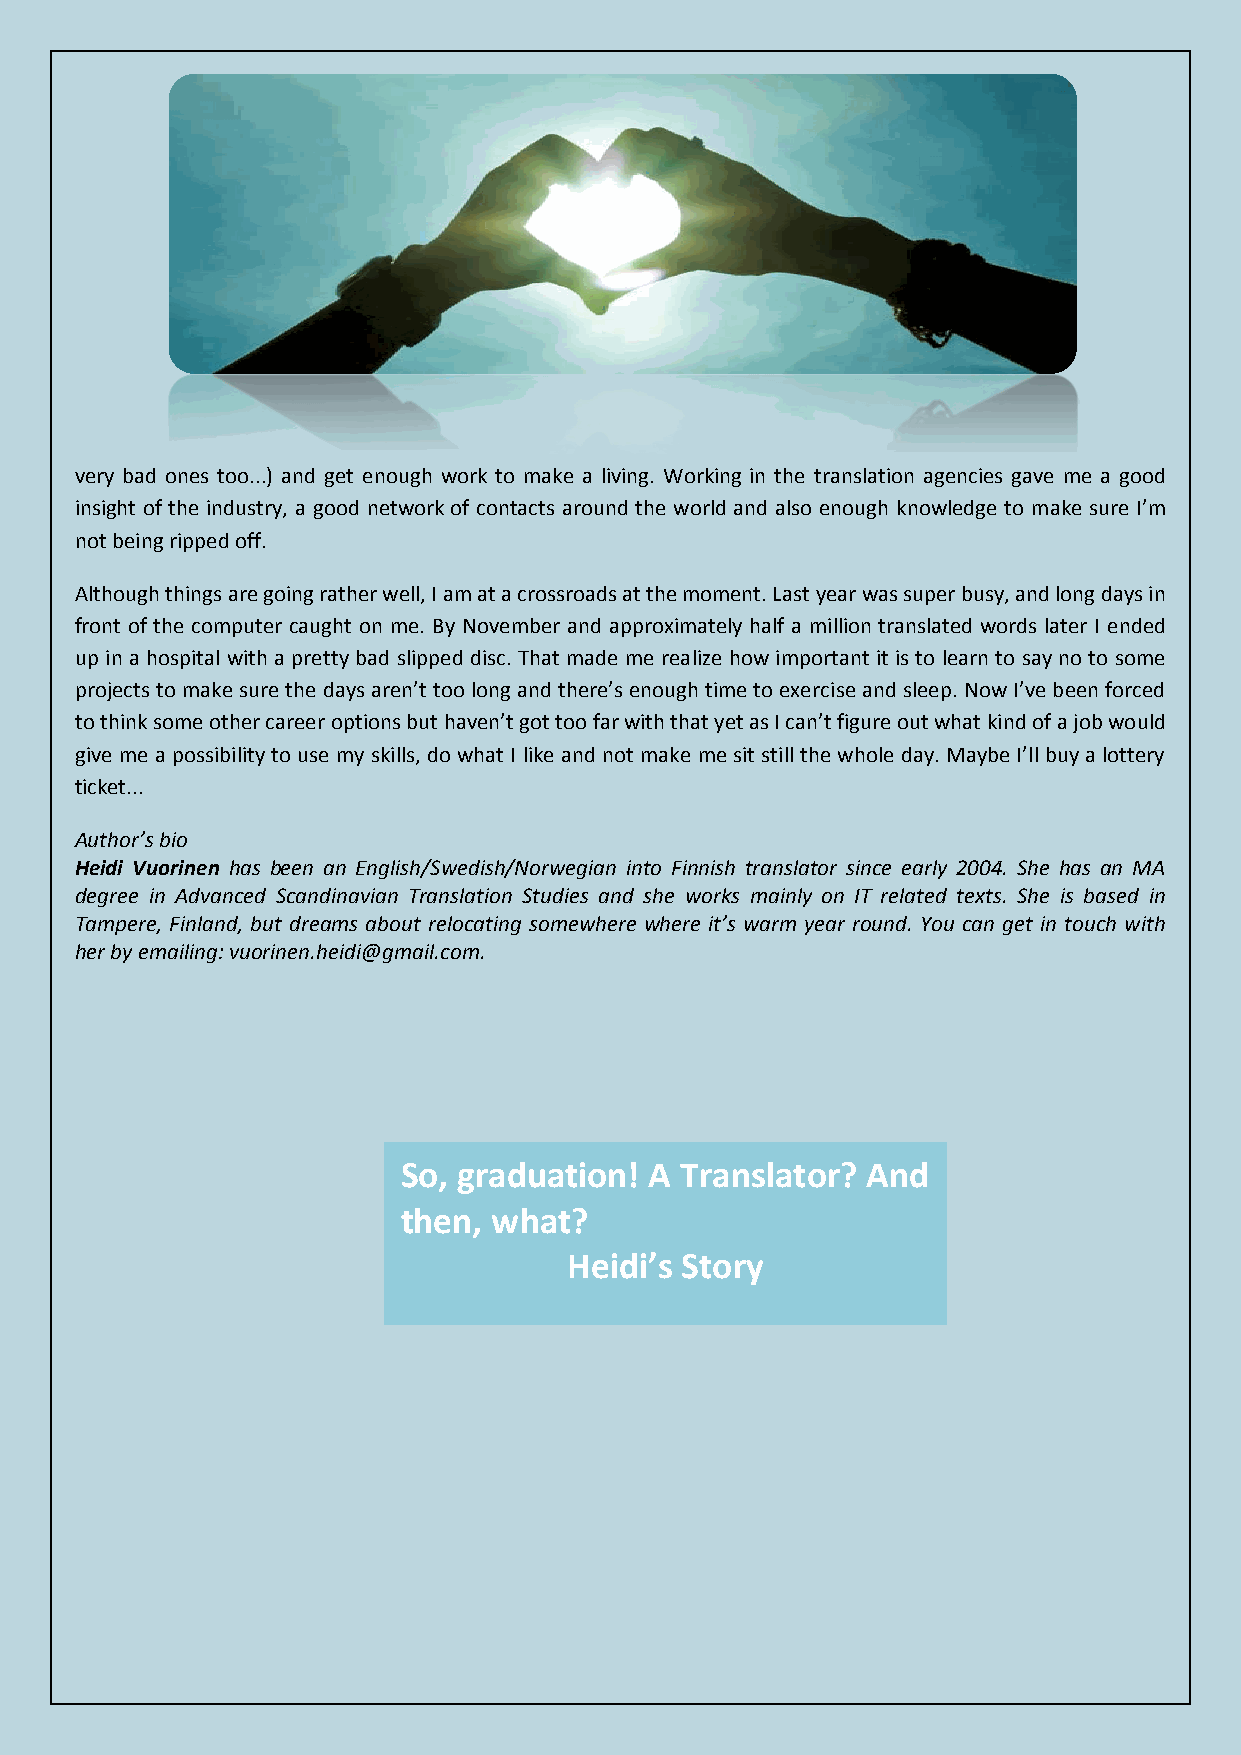
very bad ones too...) and get enough work to make a living. Working in the translation agencies gave me a good
 insight of the industry, a good network of contacts around the world and also enough knowledge to make sure I’m
 not being ripped off.
 Although things are going rather well, I am at a crossroads at the moment. Last year was super busy, and long days in
 front of the computer caught on me. By November and approximately half a million translated words later I ended
 up in a hospital with a pretty bad slipped disc. That made me realize how important it is to learn to say no to some
 projects to make sure the days aren’t too long and there’s enough time to exercise and sleep. Now I’ve been forced
 to think some other career options but haven’t got too far with that yet as I can’t figure out what kind of a job would
 give me a possibility to use my skills, do what I like and not make me sit still the whole day. Maybe I’ll buy a lottery
 ticket...
 Author’s bio
 Heidi Vuorinen has been an English/Swedish/Norwegian into Finnish translator since early 2004. She has an MA
 degree in Advanced Scandinavian Translation Studies and she works mainly on IT related texts. She is based in
 Tampere, Finland, but dreams about relocating somewhere where it’s warm year round. You can get in touch with
 her by emailing: vuorinen.heidi@gmail.com.
 So, graduation! A Translator? And
 then, what?
 Heidi’s Story